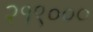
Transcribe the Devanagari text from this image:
२१९०००